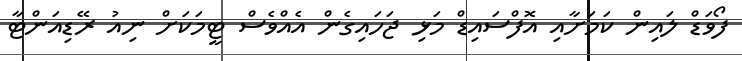
ފޯވަޑް ލައިން ކަމަށާއި އޮފްސައިޑް މަޅި ޖަހައިގެން އެއްވެސް ޓީމަކަށް ނިއު ރޭޑިއަންޓާ